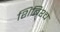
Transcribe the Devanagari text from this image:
शिबिश्च